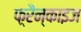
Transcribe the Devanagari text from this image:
फ़्रैन्काइज